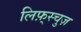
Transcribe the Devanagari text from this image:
लिफ़्स्चुज़